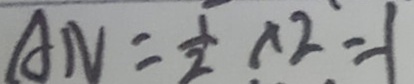
A N = \frac { 1 } { 2 } \times 2 = 1